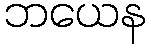
ဘယေန